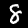
Label: 8